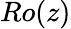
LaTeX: Ro(z)